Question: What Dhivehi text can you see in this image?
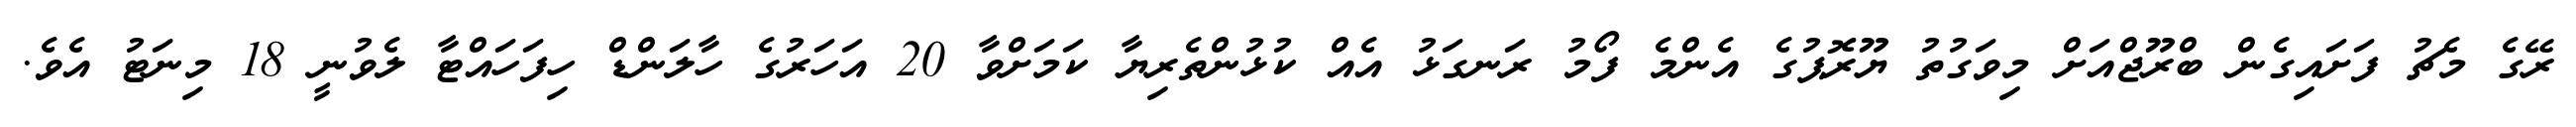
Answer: ރޭގެ މެޗު ފަށައިގެން ބްރޫޖްއަށް މިވަގުތު ޔޫރޮޕުގެ އެންމެ ފޯމު ރަނގަޅު އެއް ކުޅުންތެރިޔާ ކަމަށްވާ 20 އަހަރުގެ ހާލަންޑް ހިފަހައްޓާ ލެވުނީ 18 މިނަޓު އެވެ.